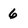
Character: 6